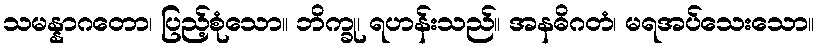
သမန္နာဂတော၊ ပြည့်စုံသော။ ဘိက္ခု၊ ရဟန်းသည်။ အနဓိဂတံ၊ မရအပ်သေးသော။